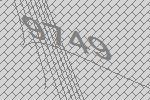
9749